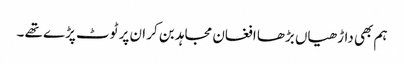
ہم بھی داڑھیاں بڑھا افغان مجاہد بن کر ان پر ٹوٹ پڑے تھے ۔